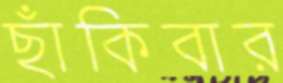
ছাঁকিবার